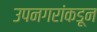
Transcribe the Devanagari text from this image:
उपनगरांकडून